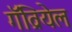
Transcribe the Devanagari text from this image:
गॅव्रियेल